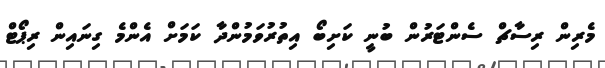
މެރިން ރިސާޗް ސެންޓަރުން ބުނީ ކަށިބޯ އިތުރުވަމުންދާ ކަމަށް އެންމެ ގިނައިން ރިޕޯޓް